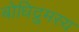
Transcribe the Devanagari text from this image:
बोधिद्रुमस्य